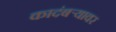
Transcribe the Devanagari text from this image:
कादंबर्‍यावर